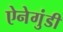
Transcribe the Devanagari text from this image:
ऐनेगुंडी